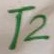
Text: T2